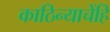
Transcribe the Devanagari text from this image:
काठिन्याचेंहि